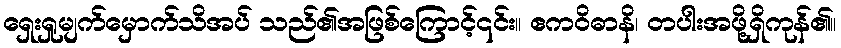
ရှေးရှုမျက်မှောက်သိအပ် သည်၏အဖြစ်ကြောင့်၎င်း။ ဧကဝိဓာနိ၊ တပါးအဖို့ရှိကုန်၏။